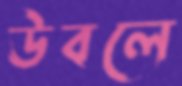
উবলে